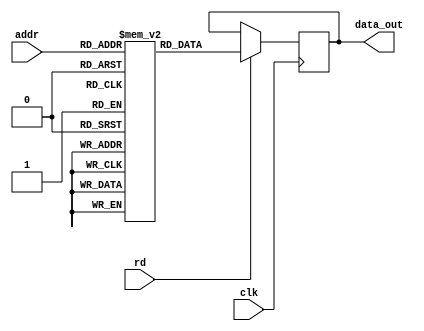
module rom_memory(
  input clk,
  input [ADDR_WIDTH-1:0] addr,
  input rd,
  output reg [DATA_WIDTH-1:0] data_out
);
  parameter FILENAME = "";

  parameter integer ADDR_WIDTH = 8;
  parameter integer DATA_WIDTH = 8;

  reg [DATA_WIDTH-1:0] rom[0:(2 ** ADDR_WIDTH)-1];
  
  initial
  begin
    if (FILENAME!="")
      $readmemh(FILENAME, rom);
  end

  always @(posedge clk)
  begin
	if (rd)
	  data_out <= rom[addr];
  end
endmodule